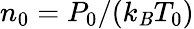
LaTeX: {{n}_{0}}={{{P}_{0}}}/{\left({{k}_{\mathit{B}}}{{T}_{0}}\right)}